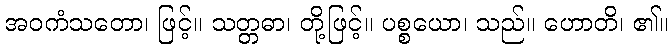
အဝကံသတော၊ ဖြင့်။ သတ္တဓာ၊ တို့ဖြင့်။ ပစ္စယော၊ သည်။ ဟောတိ၊ ၏။